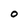
Character: O